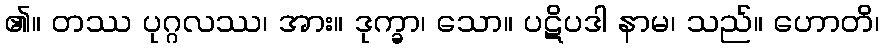
၏။ တဿ ပုဂ္ဂလဿ၊ အား။ ဒုက္ခာ၊ သော။ ပဋိပဒါ နာမ၊ သည်။ ဟောတိ၊